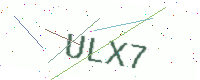
Text: ULX7